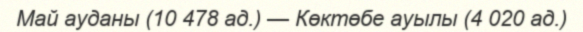
Май ауданы (10 478 ад.) — Көктөбе ауылы (4 020 ад.)